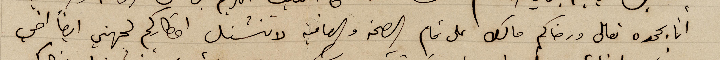
انا بحمده تعالى ورضاكم مالك على تمام الصحة والعافية لا تنشغل افكاركم لجهتي ايضا أخي